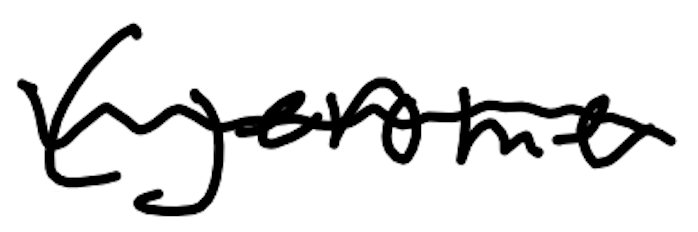
Text: (Jerome
Cross-out: wave
Writing tool: digital_black